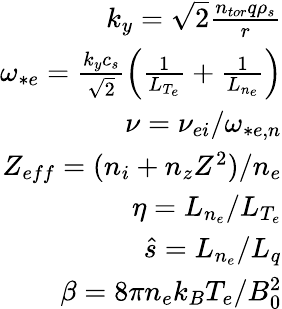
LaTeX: \begin{array}{r}{k_{y}=\sqrt{2}\frac{n_{tor}q\rho_{s}}{r}}\\ {\omega_{*e}=\frac{k_{y}c_{s}}{\sqrt{2}}\left(\frac{1}{L_{T_{e}}}+\frac{1}{L_{n_{e}}}\right)}\\ {\nu=\nu_{ei}/\omega_{*e,n}}\\ {Z_{eff}=(n_{i}+n_{z}Z^{2})/n_{e}}\\ {\eta=L_{n_{e}}/L_{T_{e}}}\\ {\hat{s}=L_{n_{e}}/L_{q}}\\ {\beta=8\pi n_{e}k_{B}T_{e}/B_{0}^{2}}\end{array}